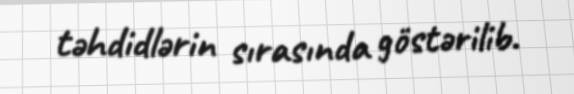
təhdidlərin sırasında göstərilib.